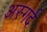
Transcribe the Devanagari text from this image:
अस्गर्द